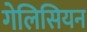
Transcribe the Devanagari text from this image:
गेलिसियन